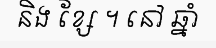
និង ខ្សែ ។ នៅ ឆ្នាំ